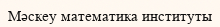
Мәскеу математика институты